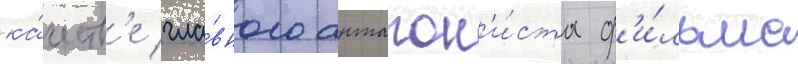
ка́честв'е гла́вного антагон'и́ста ф'и́льма